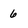
Character: 6